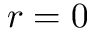
r = 0